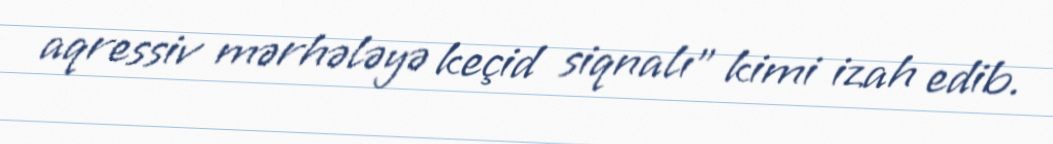
aqressiv mərhələyə keçid siqnalı” kimi izah edib.